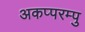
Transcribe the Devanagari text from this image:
अकप्परम्पु